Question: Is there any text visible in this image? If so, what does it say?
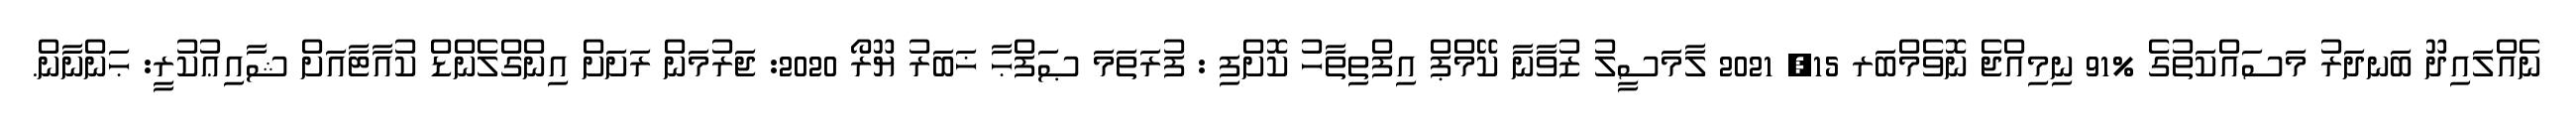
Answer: ނެއްލައިދޫ ބަނދަރު މަސައްކަތުގެ %91 ނިމިއްޖެ ނޮވެމްބަރ 15, 2021 ލާމަސީލު ޒުވާނާ ކޭމްޕް އިފްތިތާހު ކޮށްފި : ފުރަތަމަ ޞަފްޙާ ޚަބަރު ޔޫރޯ 2020: ޖަރުމަން ރަށަށް އިންގްލެންޑް ކުއާޓާއަށް ޝާއިޢުކުރީ: ޙަންނާން.